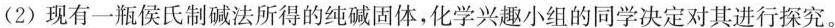
(2)现有一瓶侯氏制碱法所得的纯碱固体，化学兴趣小组的同学决定对其进行探究。